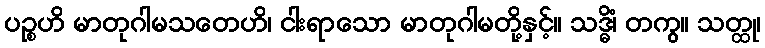
ပဉ္စဟိ မာတုဂါမသတေဟိ၊ ငါးရာသော မာတုဂါမတို့နှင့်။ သဒ္ဓိံ၊ တကွ။ သတ္ထု၊